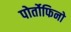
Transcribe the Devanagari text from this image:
पोर्तोफिनो